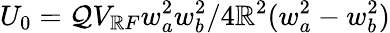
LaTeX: U_{0}=\mathcal{Q}V_{\mathbb{R}F}w_{a}^{2}w_{b}^{2}/4\mathbb{R}^{2}(w_{a}^{2}-w_{b}^{2})